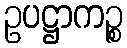
ဥပဋ္ဌာကဉ္စ